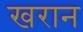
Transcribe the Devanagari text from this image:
खरान